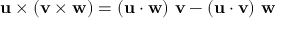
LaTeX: \mathbf { u } \times ( \mathbf { v } \times \mathbf { w } ) = ( \mathbf { u } \cdot \mathbf { w } ) \ \mathbf { v } - ( \mathbf { u } \cdot \mathbf { v } ) \ \mathbf { w }